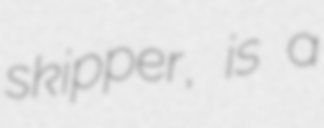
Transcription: skipper, is a